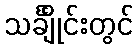
သင်္ချိုင်းတွင်